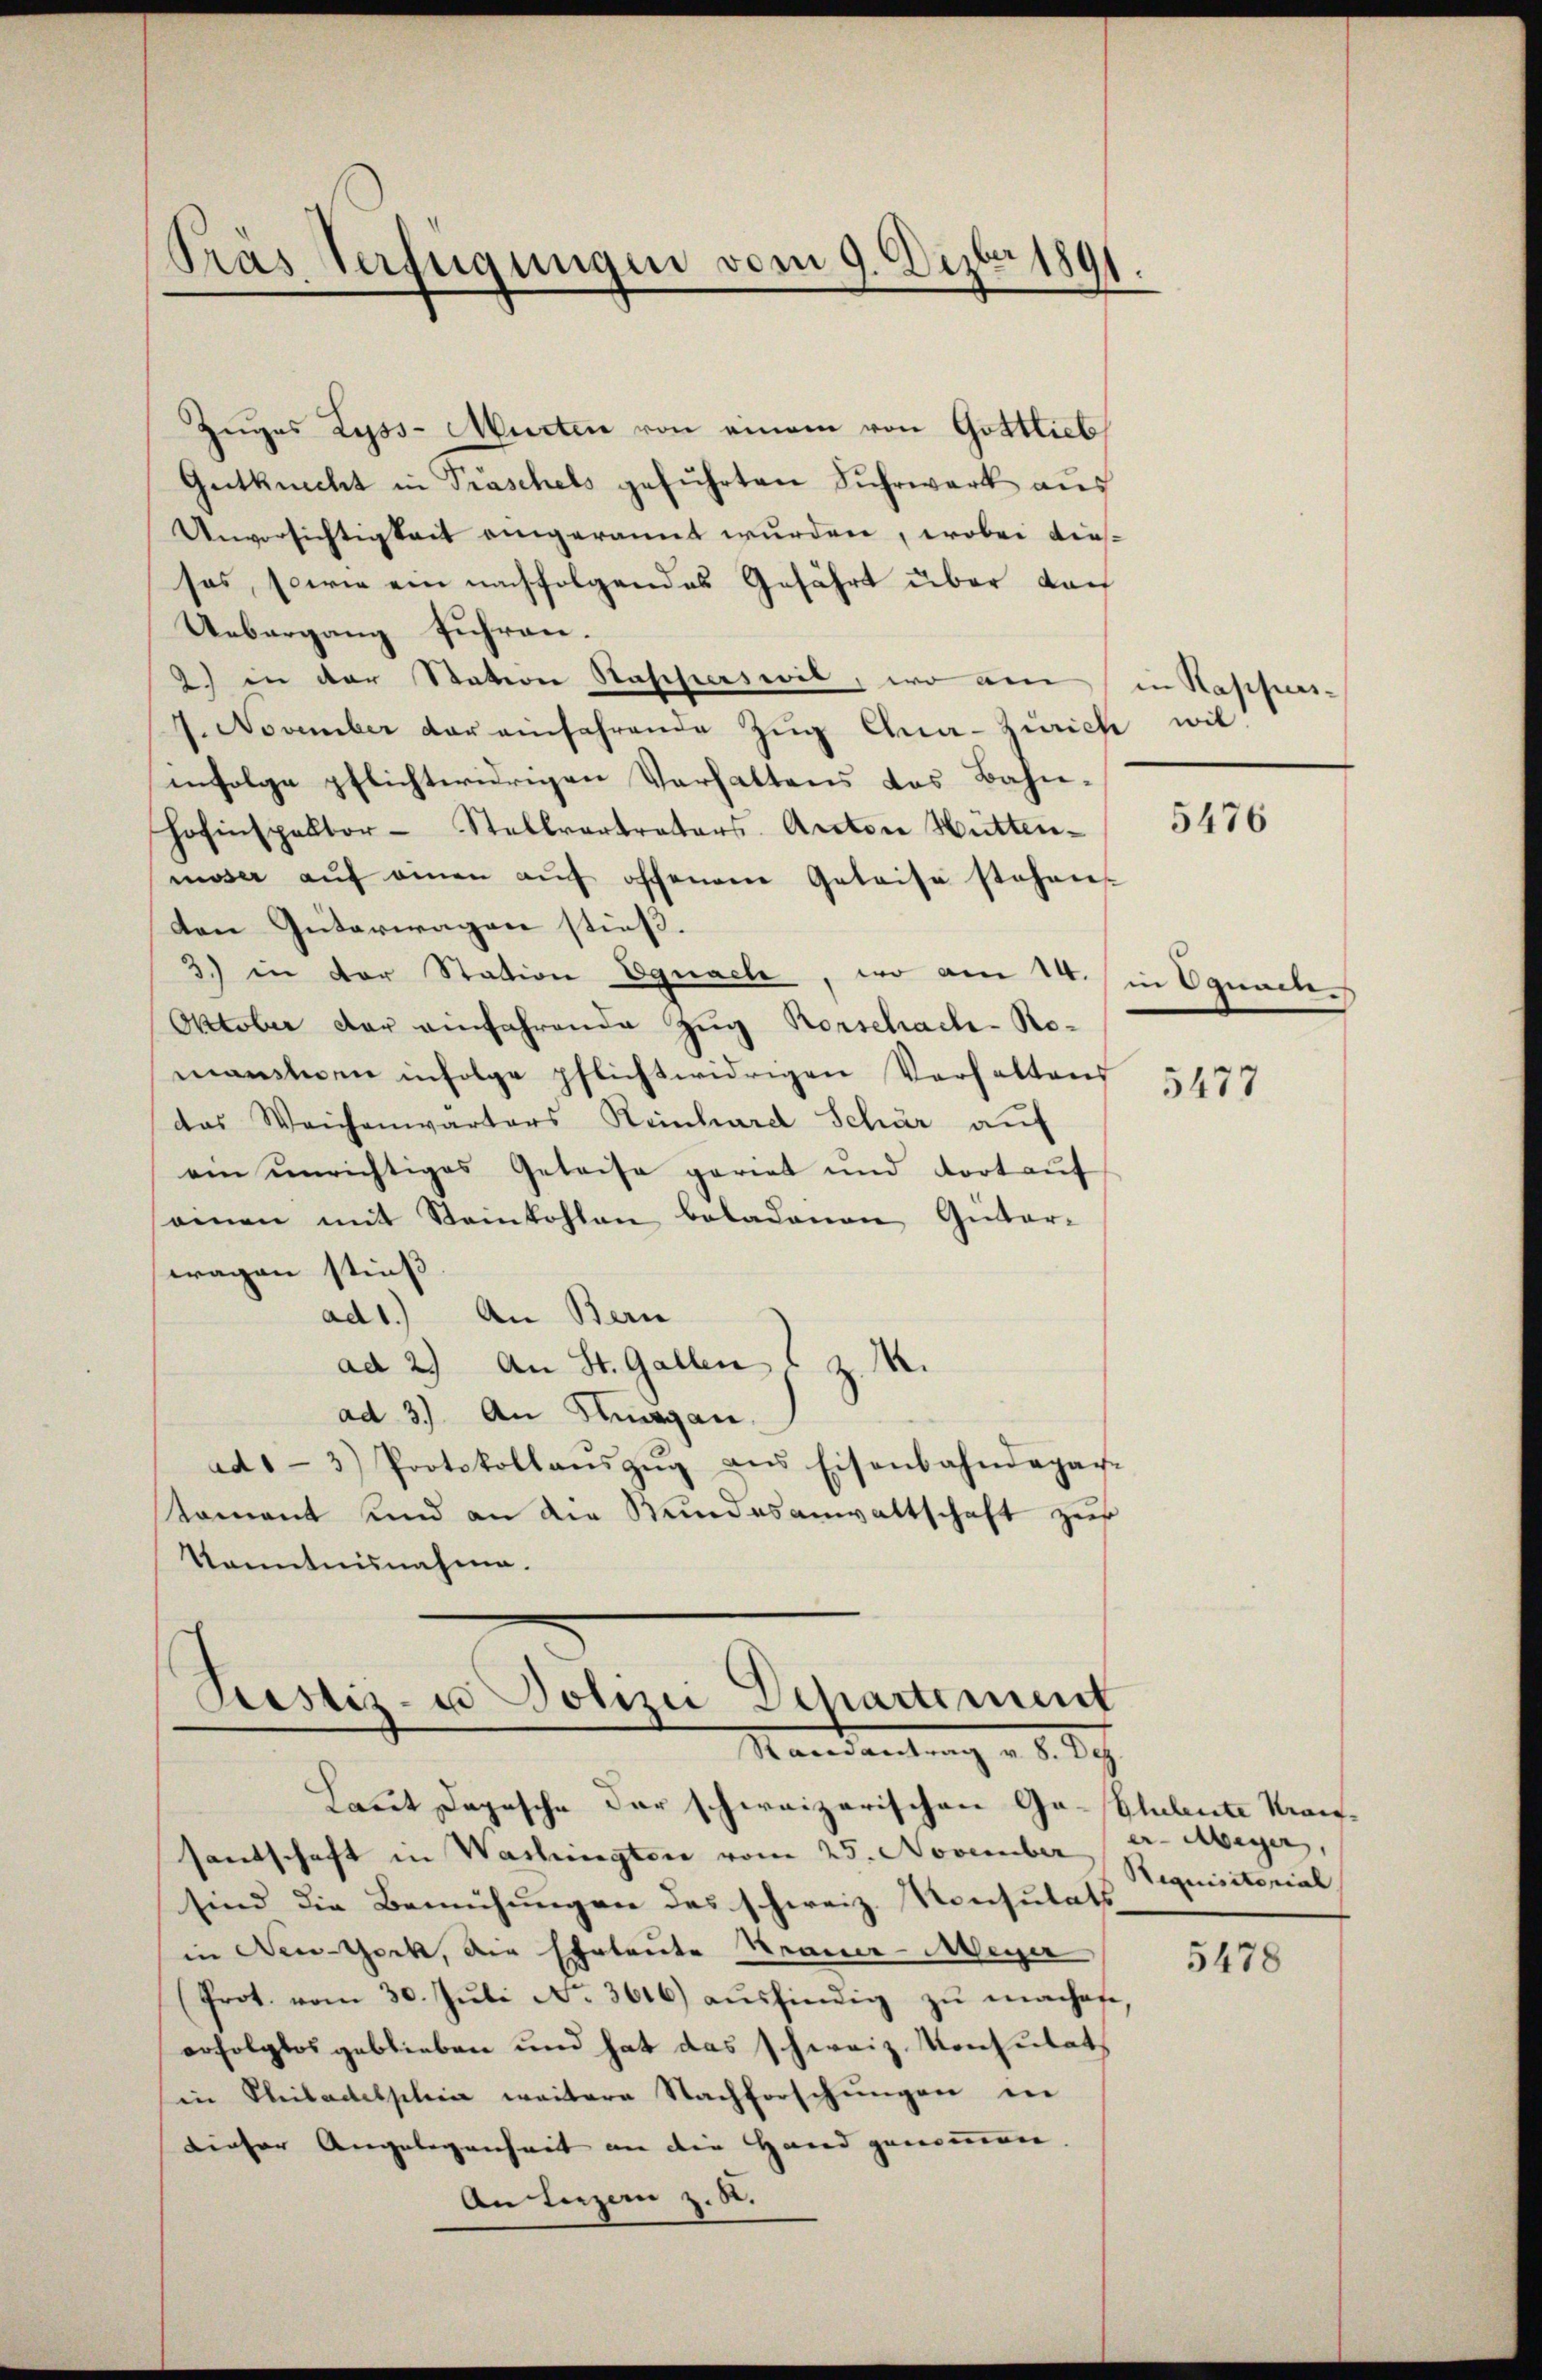
Pras Verfügungen vom 9. Dezbr 1891.

Zuges Lyss-Murten von einem von Gottlieb
Gutknecht in Präschels geführten Fuhrwerk aus
Unversichtigkeit eingerannt wurden, wobei diessos, sowie ein nachfolgendes Gefährt über dan
Uebergang fuhren.
2) in der Station Stascherswil, wo am
1. November der einfahrende Zŭg Ana-Zürich wil
infolge pflichtwidrigen Verhaltens das Bahn-
Hofinspektor-Stellvertrators. Anton Hütten-
moser aŭf einen aŭf offenen Geleise stehen
den Güterwagen stieß.
3.) in der Station Egnach, wo am 14. / in Ognach
Oktober der einfahrende Zug Rorschachi- Nomantien infolge pflichtwidrigen Verhaltens
das Weichenwarters Reinhard Schär auf
am unrichtiges Geleise pariet und dort auf
seinen mit Steinkohlen beladenen Güter-
wagen stieß
ad1.) An Bern
ad 2.) An St. Gallen u z. M.
ad 3.) An Sinagan.
ad1-3) Protokollaŭszŭg ans Eisenbahndepar-
koment und an die Stundesanwaltschaft zur
Kanntnisnahme.

Pustiz- u Polizei Departement
Randantrag v. 8. Dez.

Laut Depesche der schweizerischen Ga-Plubeute Kraissantschaft in Washingten vom 25. November v. Meyer,
sind die Bemühungen des schweiz. Konsulats
in New-York, die Ehrleute Strance-Meyer
(Prot. vom 30. Jŭli No. 3616 aŭsfindig zŭ machete,
erfolglos geblieben und hat das schweiz. Konsulat
in Philadelschein weitere Nachforschungen in
dieser Angelegenheit an die Hand genommen
An Luzern z. B.

in Rappers¬

5476

5477

Siquisitorial

5478